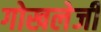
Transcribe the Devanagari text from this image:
गोखलेजी